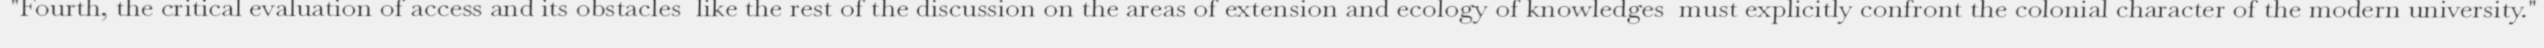
"Fourth, the critical evaluation of access and its obstacles  like the rest of the discussion on the areas of extension and ecology of knowledges  must explicitly confront the colonial character of the modern university."